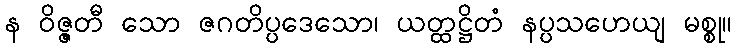
န ဝိဇ္ဇတီ သော ဇဂတိပ္ပဒေသော၊ ယတ္ထဋ္ဌိတံ နပ္ပသဟေယျ မစ္စု။